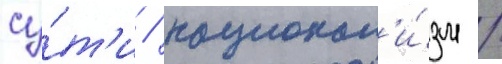
су́т'и / национал'и́зм /